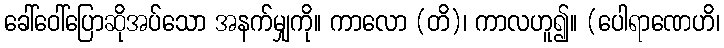
ခေါ်ဝေါ်ပြောဆိုအပ်သော အနက်မျှကို။ ကာလော (တိ)၊ ကာလဟူ၍။ (ပေါရာဏေဟိ၊